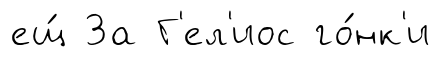
ещ́ За Г'ел'иос го́нк'и